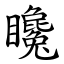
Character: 䂁